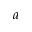
a